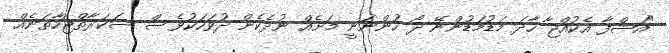
"އަޝްފާ އެކުއްޖާ ހާދަ މަޑުމަޑުންނޭ ދޯ ހުންނަނީ މަށެއް ނުދެކެން ދުވަހަކުވެސް ސަކަރާތްޖަހާތަނެއް